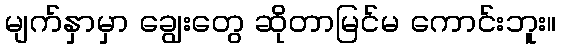
မျက်နှာမှာ ချွေးတွေ ဆိုတာမြင်မ ကောင်းဘူး။